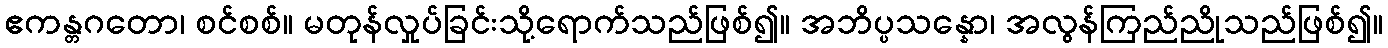
ဧကန္တဂတော၊ စင်စစ်။ မတုန်လှုပ်ခြင်းသို့ရောက်သည်ဖြစ်၍။ အဘိပ္ပသန္နော၊ အလွန်ကြည်ညိုသည်ဖြစ်၍။